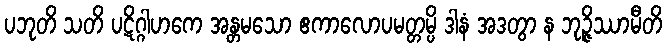
ပဘုတိ သတိ ပဋိဂ္ဂါဟကေ အန္တမသော ဧကာလောပမတ္တမ္ပိ ဒါနံ အဒတွာ န ဘုဉ္ဇိဿာမီတိ